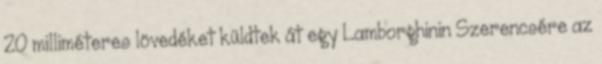
20 milliméteres lövedéket küldtek át egy Lamborghinin Szerencsére az